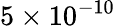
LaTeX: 5\times 10^{-10}